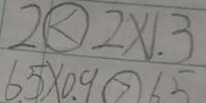
2 \textcircled { < } 2 \times 1 . 3